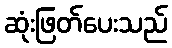
ဆုံးဖြတ်ပေးသည်